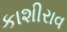
કાશીરાવ